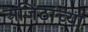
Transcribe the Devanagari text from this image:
अजिंठांच्या